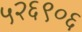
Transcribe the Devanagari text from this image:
५२६९०६